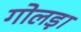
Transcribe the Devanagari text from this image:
गोलड़ा